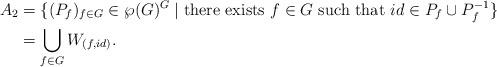
LaTeX: \begin{align*}A_2&= \{(P_f)_{f\in G}\in\wp(G)^G\; |\; \mbox{there exists $f\in G$ such that $id \in P_f\cup P_f^{-1}$}\}\\&= \bigcup_{f\in G}W_{(f,id)}.\end{align*}